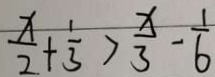
\frac { x } { 2 } + \frac { 1 } { 3 } > \frac { x } { 3 } - \frac { 1 } { 6 }